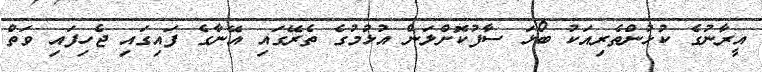
އީރާނުގެ ކުޅުންތެރިއަކު ބޯޅަ ސާފުކޮށްލަން އުޅުމުގެ ތެރޭގައި އޭނާގެ ފައިގައި ޖެހިފައި ވަތް